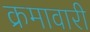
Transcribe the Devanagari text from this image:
क्रमावारी